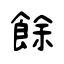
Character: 餘